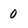
Character: 0